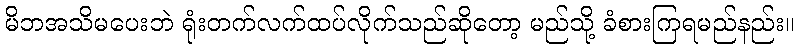
မိဘအသိမပေးဘဲ ရုံးတက်လက်ထပ်လိုက်သည်ဆိုတော့ မည်သို့ ခံစားကြရမည်နည်း။